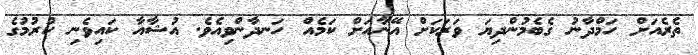
ތެރެއަށް ހަމްދާނު ގެބެމުންދިޔަ ވަރަކަށް އޭނާއަށް ކަމެއް ހަނދާންވިއެވެ. އުޝާއާ ކައިވެނި ކުރުމުގެ